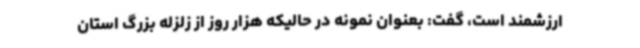
ارزشمند است، گفت: بعنوان نمونه در حالیکه هزار روز از زلزله بزرگ استان